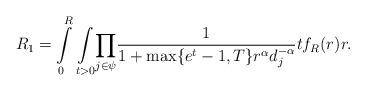
LaTeX: \begin{align*}R_1=\int\limits_{0}^{R}\underset{t>0}\int\underset{j \in \psi}\prod\frac{1}{1+\max\{e^t-1,T\} r^\alpha d_j^{-\alpha}}tf_R(r) r .\end{align*}